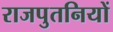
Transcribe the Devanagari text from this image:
राजपुतनियों